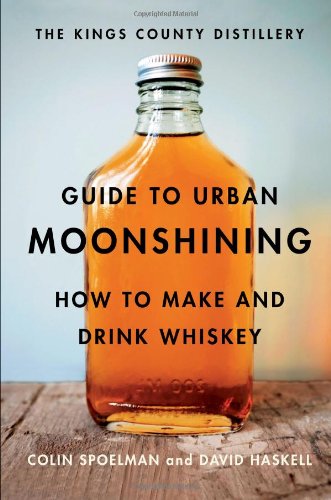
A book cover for The Kings County Distillery Guide to Urban Moonshining: How to Make and Drink Whiskey; David Haskell; Cookbooks, Food & Wine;